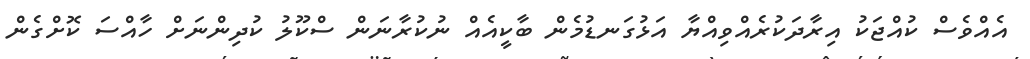
އެއްވެސް ކުއްޖަކު އިރާދަކުރެއްވިއްޔާ އަޅުގަނޑުމެން ބާކީއެއް ނުކުރާނަން ސްކޫލު ކުދިންނަށް ހާއްސަ ކޮށްގެން